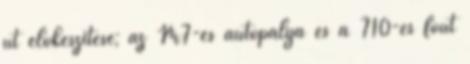
út előkészítése; az M7-es autópálya és a 710-es főút